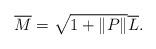
LaTeX: \begin{align*} \overline{M}=\sqrt{1+\|P\|}\overline{L}.\end{align*}